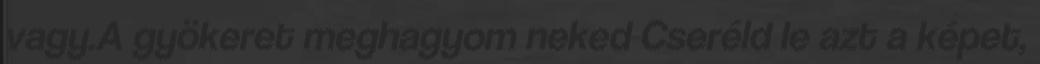
vagy.A gyökeret meghagyom neked Cseréld le azt a képet,